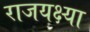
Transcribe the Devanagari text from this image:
राजयक्ष्या